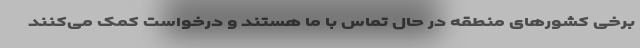
برخی کشور‌های منطقه در حال تماس با ما هستند و درخواست کمک می‌کنند